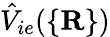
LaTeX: \hat{V}_{ie}(\{ {\mathbf R}\} )